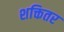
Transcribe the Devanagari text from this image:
शक्तितर